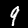
Digit: 9